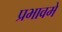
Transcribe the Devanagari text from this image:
प्रभावमें